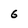
Character: 6